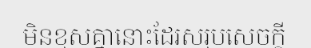
មិនខុសគ្នានោះដែរសរុបសេចក្តី